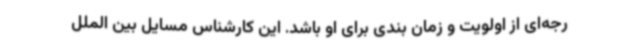
رجه‌ای از اولویت و زمان بندی برای او باشد. این کارشناس مسایل بین الملل